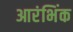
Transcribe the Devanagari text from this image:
आरंभिंक